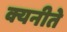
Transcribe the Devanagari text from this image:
क्यनीते